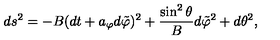
d s ^ { 2 } = - B ( d t + a _ { \varphi } d \tilde { \varphi } ) ^ { 2 } + { \frac { \sin ^ { 2 } \theta } { B } } d \tilde { \varphi } ^ { 2 } + d \theta ^ { 2 } ,